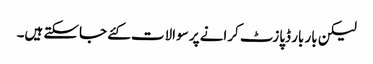
لیکن بار بار ڈپازٹ کرانے پر سوالات کئے جاسکتے ہیں۔